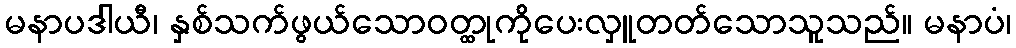
မနာပဒါယီ၊ နှစ်သက်ဖွယ်သောဝတ္ထုကိုပေးလှူတတ်သောသူသည်။ မနာပံ၊